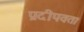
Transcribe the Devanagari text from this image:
प्रदीपवत।